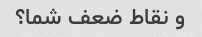
و نقاط ضعف شما؟